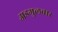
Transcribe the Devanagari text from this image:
अडगुलवार